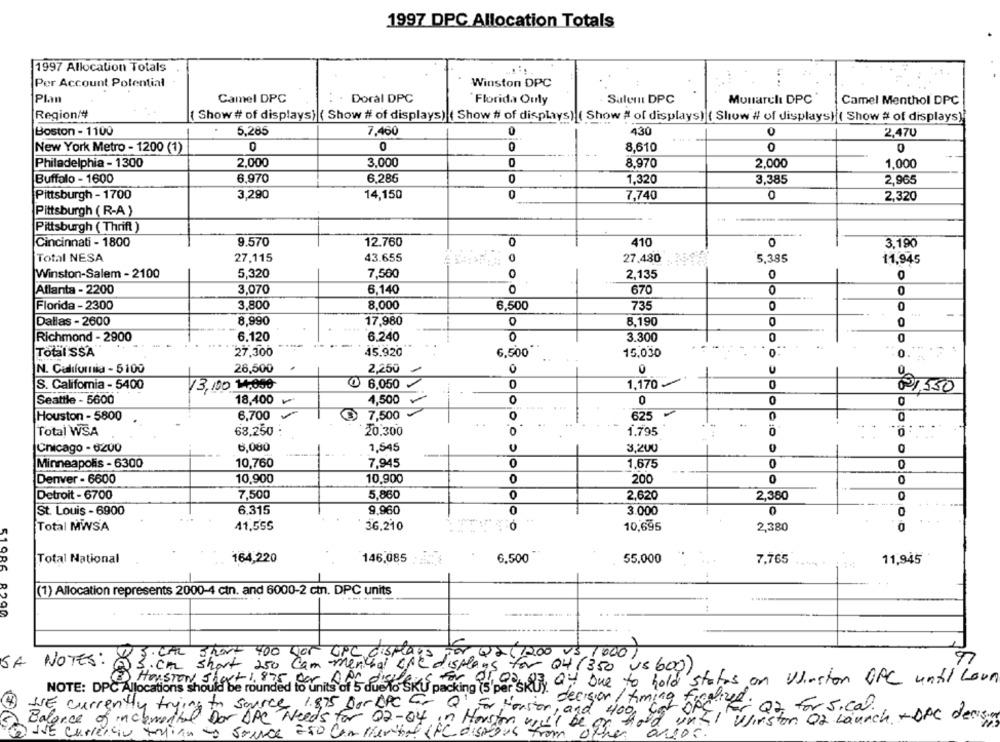
1997 DPC Allocation Totals
1997 Allocation Totals
Per Account Potential
Winston DPC
. ..
Plan
Camel DPC
Doral DPC
Florida Ouly
Salemi DPC
Monarclı DPC
Camel Menthol DPC
Region/
( Show # of displays) ( Show # of displays) ( Show # of displays) ( Show # of displays) ( Show # of displays) ( Show # of displays)
Boston - 1100
5,285
7,460
0
430
0
2,470
New York Metro - 1200 (1)
0
0
0
8,610
0
0
Philadelphia - 1300
2,000
3,000
0
8.970
2,000
1,000
Buffalo - 1600
6,970
6,286
0
1,320
3,385
2,965
Pittsburgh - 1700
3,290
14,150
0
7,740
0
2,320
Pittsburgh (R-A )
Pittsburgh ( Thrift )
Cincinnati - 1800
9.570
12.760
0
410
0
3,190
Total NESA
27,115
43.655
27,480
5,385
11,945
5,320
7,500
2,135
0
0
Winston-Salem - 2100
3,070
6,140
670
0
0
Atlanta - 2200
O
3,800
8,000
Florida - 2300
6.500
735
O
0
-
Dallas - 2600
8,990
17,980
0
8,190
0
0
Richmond - 2900
6.120
6.240
0
3.300
0
0
Total SSA
27,300
45.920
6,500
15,030
0.
N. California - 5100
26,500
2,250
0
0
S. California - 5400
13,100 14,050
6,050
0
1,170
0
Seattle - 5600
18,400
4,500
0
0
0
0
6,700
0
625
Houston - 5800
@ 7,500
..
0
0
Total WSA
68,250
20.300
1.795
Chicago - 6200
6,080
1,545
U
3,200
0
Minneapolis - 6300
10,760
7,945
0
1,675
0
0
Denver - 6600
10,900
10,900
200
0
Detroit - 6700
7,500
5,860
0
2,620
2,380
St. Louis - 6900
6.315
9,960
0
3.000
0
Total MWSA
41,555
36.210
10,695
2,380
0
Total National
164,220
146,085
6,500
55,000
7.765
11,945
51986
(1) Allocation represents 2000-4 ctn. and 6000-2 ctn. DPC units
200 10
SCAL Short 400 yor OPC displays For Qx( 1200 vs 1000/
77
SA NOTES:
@S.cm short 250 cam menthal CNC displays for 04 (350 Us 600 )
HOUSTON She
For eros af ay one to hold status on Winston OPC until Lown
NOTE: DPC Allocations should be rounded to units of 5 due lo SKU packing (s'p
decision / timing
WE currently trying to source 1.875 BoroPC Er Q' For Houston, a
Jolive : 02 for sical.
and
400
x31 Wirston 02 Launch - DPC dessa
of inclemental Dor DAC Needs for 02-04 in Houston will be
JE Carreraio tomia
- source
Eso Com mental (fc dissous from